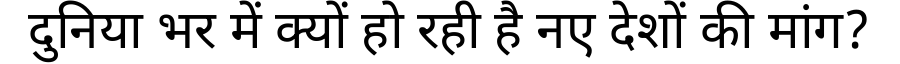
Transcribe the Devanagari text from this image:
दुनिया भर में क्यों हो रही है नए देशों की मांग?